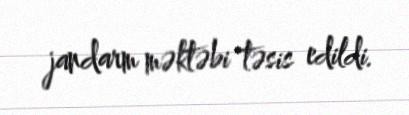
jandarm məktəbi təsis edildi.